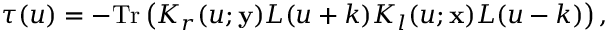
\tau ( u ) = - \mathrm { T r } \left( K _ { r } ( u ; { \bf y } ) L ( u + k ) K _ { l } ( u ; { \bf x } ) L ( u - k ) \right) ,